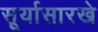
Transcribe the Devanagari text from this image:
सूर्यासारखे